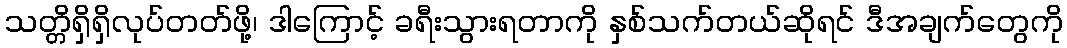
သတ္တိရှိရှိလုပ်တတ်ဖို့၊ ဒါကြောင့် ခရီးသွားရတာကို နှစ်သက်တယ်ဆိုရင် ဒီအချက်တွေကို